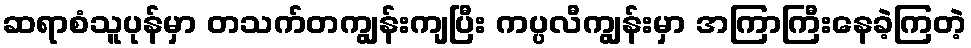
ဆရာစံသူပုန်မှာ တသက်တကျွန်းကျပြီး ကပ္ပလီကျွန်းမှာ အကြာကြီးနေခဲ့ကြတဲ့